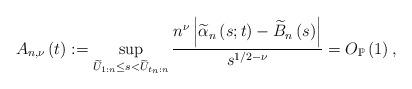
LaTeX: \begin{align*}A_{n,\nu}\left( t\right) :=\sup_{\widetilde{U}_{1:n}\leq s<\widetilde{U}_{t_{n}:n}}\frac{n^{\nu}\left\vert \widetilde{\alpha}_{n}\left(s;t\right) -\widetilde{B}_{n}\left( s\right) \right\vert }{s^{1/2-\nu}}=O_{\mathbb{P}}\left( 1\right) ,\end{align*}